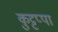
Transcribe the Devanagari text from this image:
कुट्टप्पा